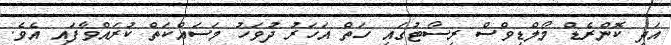
އަދި ކޮންރެޑް މޯލްޑިވްސް ރިސޯޓުގައި ހަތް އަހަރު ދުވަހު މަސައްކަތް ކުރައްވާފައި އެވެ.